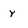
Character: y